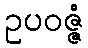
ဥပဝဇ္ဇံ